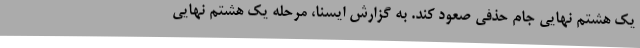
یک هشتم نهایی جام حذفی صعود کند. به گزارش ایسنا، مرحله یک هشتم نهایی